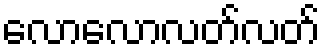
လောလောလတ်လတ်